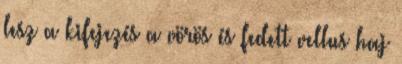
lesz a kifejezés a vörös és fedett vellus haj